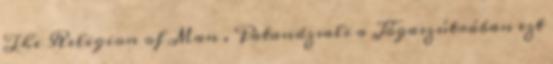
The Religion of Man . Patandzsali a Jógaszútrában ezt